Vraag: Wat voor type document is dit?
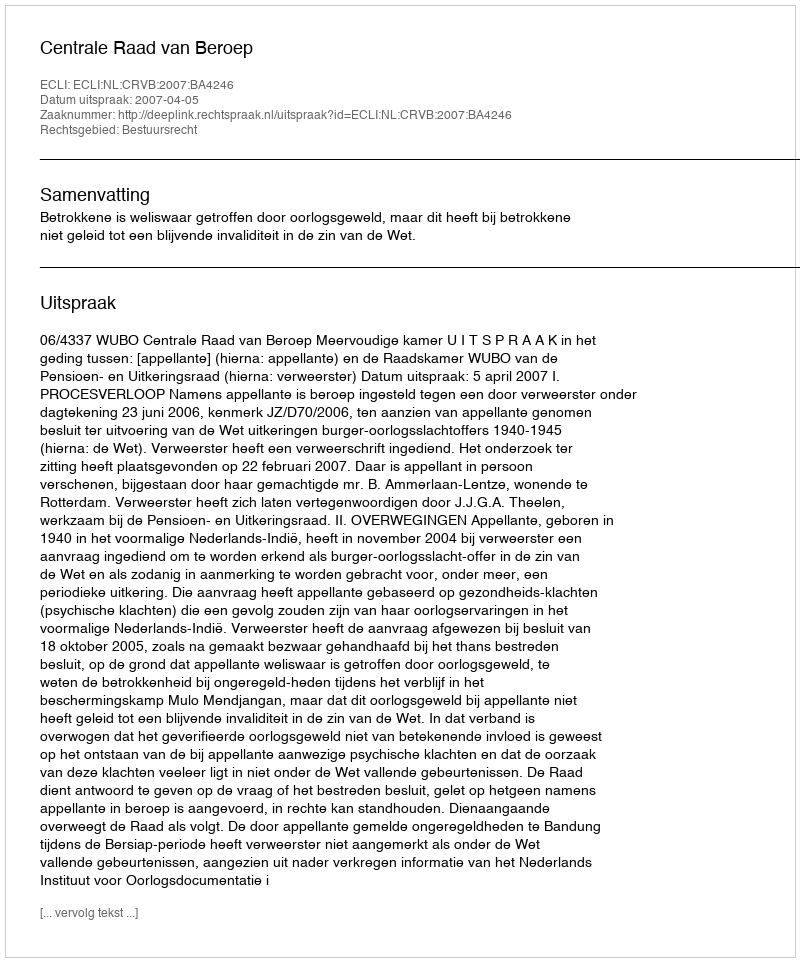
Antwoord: Uitspraak